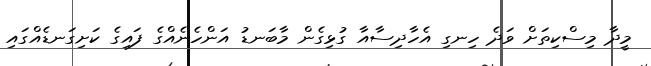
މީދާ މިސްކިތަށް ވަދެ ހިނގި އެހާދިސާއާ ގުޅިގެން މާބަނޑު އަންހެނެއްގެ ފައިގެ ކަށިގަނޑެއްގައި